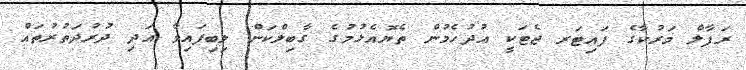
ރަފާލް މަރުކާގެ ފައިޓަރ ޖެޓަކީ އުދުހެމުން ތެޔޮއެޅުމުގެ ގާބިލްކަން ލިބިފައިވާ އަދި ދުރުދަތުރުތައް